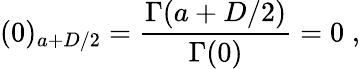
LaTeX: (0)_{a+D/2}=\frac{\Gamma(a+D/2)}{\Gamma(0)}=0\; ,